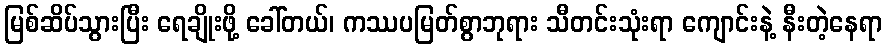
မြစ်ဆိပ်သွားပြီး ရေချိုးဖို့ ခေါ်တယ်၊ ကဿပမြတ်စွာဘုရား သီတင်းသုံးရာ ကျောင်းနဲ့ နီးတဲ့နေရာ